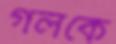
গলকে